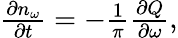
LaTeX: \begin{array}{r}{\frac{\partial n_{\omega}}{\partial t}=-\frac{1}{\pi}\frac{\partial Q}{\partial\omega},}\end{array}